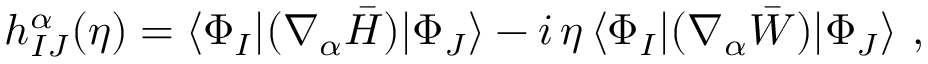
h _ { I J } ^ { \alpha } ( \eta ) = \langle \Phi _ { I } | ( \nabla _ { \alpha } \bar { H } ) | \Phi _ { J } \rangle - i \, \eta \, \langle \Phi _ { I } | ( \nabla _ { \alpha } \bar { W } ) | \Phi _ { J } \rangle ~ ,